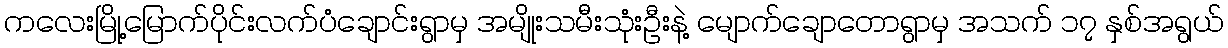
ကလေးမြို့မြောက်ပိုင်းလက်ပံချောင်းရွာမှ အမျိုးသမီးသုံးဦးနဲ့ မျောက်ချောတောရွာမှ အသက် ၁၇ နှစ်အရွယ်